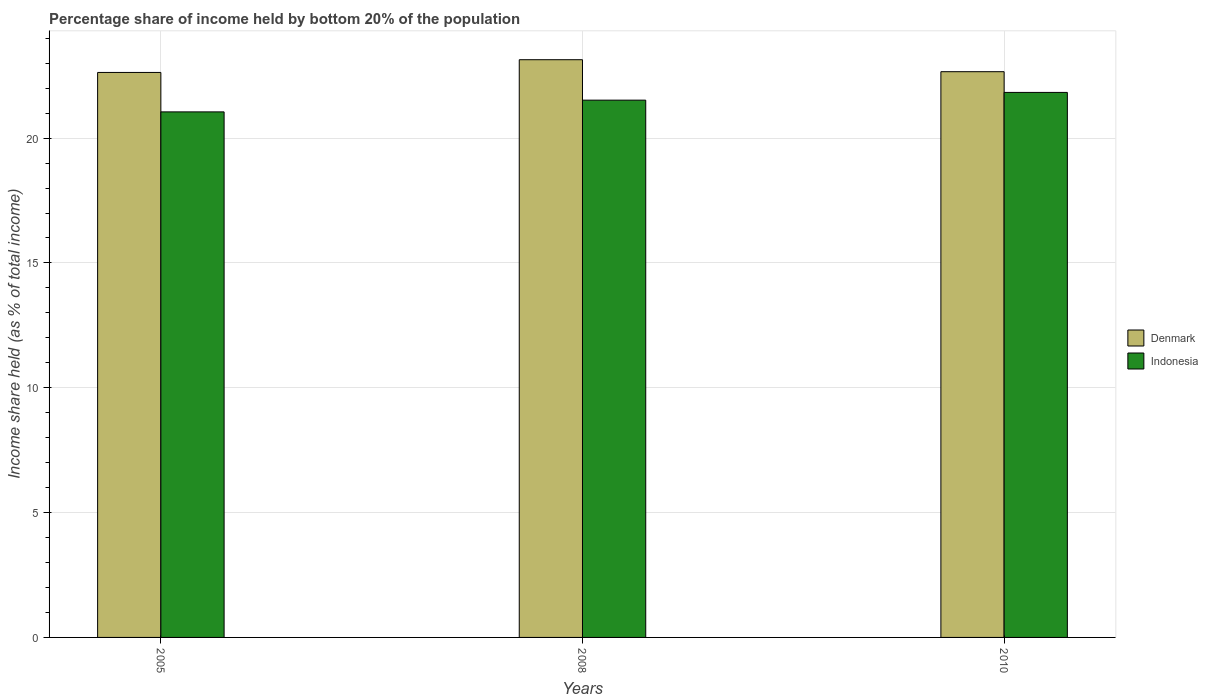
| Years | Denmark | Indonesia |
 | --- | --- | --- |
 | 2005 | 22.6 | 21.1 |
 | 2008 | 23.1 | 21.5 |
 | 2010 | 22.7 | 21.8 |